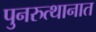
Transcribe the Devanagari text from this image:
पुनरुत्थानात